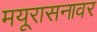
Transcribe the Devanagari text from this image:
मयूरासनावर